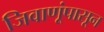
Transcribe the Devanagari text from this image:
जिवाणूंपासून